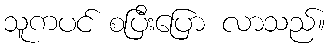
သူကပင် စပြီးပြော လာသည်။